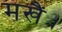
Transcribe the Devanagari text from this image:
मखैं।